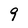
Character: 9